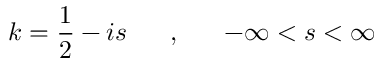
k = \frac { 1 } { 2 } - i s ~ ~ ~ ~ ~ , ~ ~ ~ ~ ~ - \infty < s < \infty